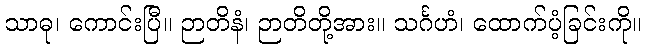
သာဓု၊ ကောင်းပြီ။ ဉာတိနံ၊ ဉာတိတို့အား။ သင်္ဂဟံ၊ ထောက်ပံ့ခြင်းကို။